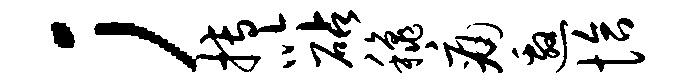
；搏以砧秋痛邀恰